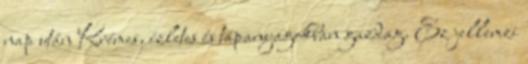
nap után Krémes, ízletes és tápanyagokban gazdag. Ez jellemzi